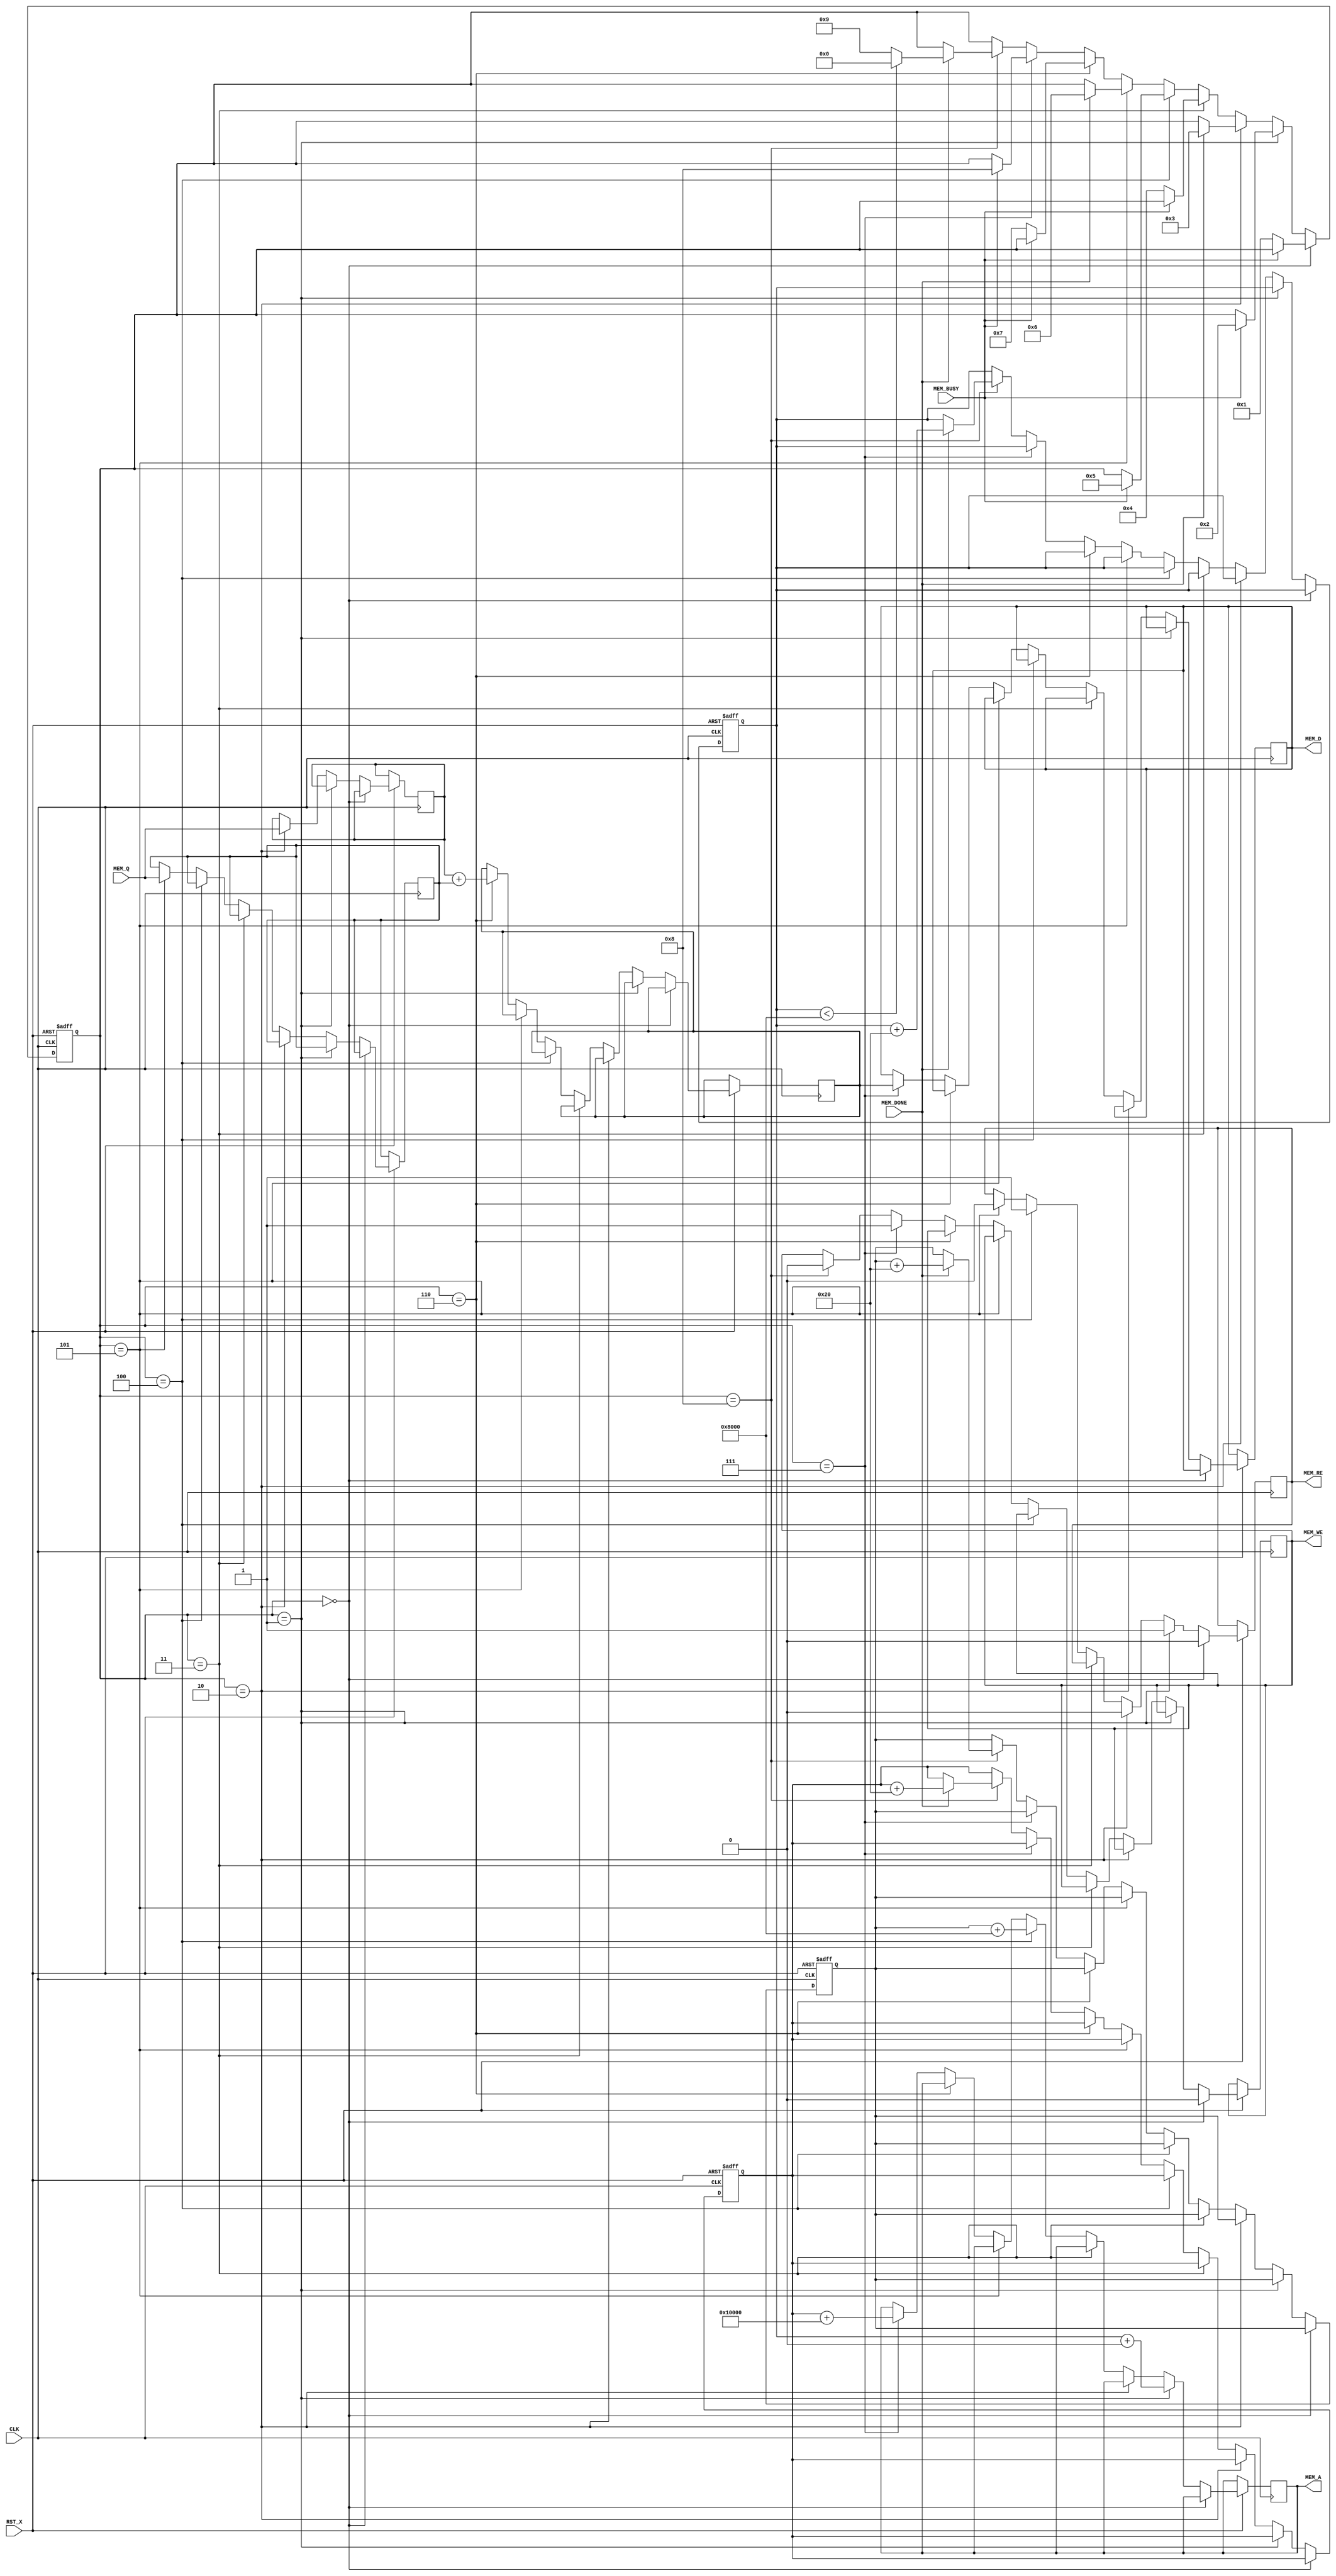
module TOP(CLK, RST_X,
           MEM_A, MEM_RE, MEM_WE, MEM_D, MEM_Q, MEM_BUSY, MEM_DONE);
  input CLK;
  input RST_X;
  
  parameter WA = 32;
  parameter WD = 32;
  parameter SIZE = 1024 * 32;

  localparam OFFSET0 = 0;
  localparam OFFSET1 = SIZE * 1;
  localparam OFFSET2 = SIZE * 2;
  
  output reg [WA-1:0] MEM_A;
  output reg MEM_RE;
  output reg MEM_WE;
  output reg [WD-1:0] MEM_D;
  input [WD-1:0] MEM_Q;
  input MEM_DONE;
  input MEM_BUSY;

  reg [WA-1:0] cnt0;
  reg [WA-1:0] cnt1;
  reg [WA-1:0] cnt2;
  reg [WD-1:0] readdata0;
  reg [WD-1:0] readdata1;
  reg [WD-1:0] writedata;
  reg [3:0] state;

  localparam ST_INIT = 0;
  localparam ST_READ0 = 1;
  localparam ST_READWAIT0 = 2;
  localparam ST_INTERVAL = 3;
  localparam ST_READ1 = 4;
  localparam ST_READWAIT1 = 5;
  localparam ST_CALC = 6;
  localparam ST_WRITE = 7;
  localparam ST_WRITEWAIT = 8;
  localparam ST_DONE = 9;

  always @(posedge CLK or negedge RST_X) begin
    if(!RST_X) begin
      state <= ST_INIT;
      cnt0 <= 0;
      cnt1 <= 0;
      cnt2 <= 0;
    end else begin
      if(state == ST_INIT) begin
        MEM_WE <= 0;
        MEM_RE <= 0;
        if(!MEM_BUSY) state <= ST_READ0;
      end else if(state == ST_READ0) begin
        MEM_RE <= 1;
        MEM_A <= cnt0 + OFFSET0;
        if(MEM_BUSY) state <= ST_READWAIT0;
      end else if(state == ST_READWAIT0) begin
        MEM_RE <= 0;
        readdata0 <= MEM_Q;
        if(MEM_DONE) state <= ST_INTERVAL;
      end else if(state == ST_INTERVAL) begin
        if(!MEM_BUSY) state <= ST_READ1;
      end else if(state == ST_READ1) begin
        MEM_RE <= 1;
        MEM_A <= cnt1 + OFFSET1;
        if(MEM_BUSY) state <= ST_READWAIT1;
      end else if(state == ST_READWAIT1) begin
        MEM_RE <= 0;
        readdata1 <= MEM_Q;
        if(MEM_DONE) state <= ST_CALC;
      end else if(state == ST_CALC) begin
        writedata <= readdata0 + readdata1;
        if(!MEM_BUSY) state <= ST_WRITE;
      end else if(state == ST_WRITE) begin
        MEM_WE <= 1;
        MEM_D <= writedata;
        MEM_A <= cnt2 + OFFSET2;
        if(MEM_BUSY) state <= ST_WRITEWAIT;
      end else if(state == ST_WRITEWAIT) begin
        MEM_WE <= 0;
        if(MEM_DONE) begin
          cnt0 <= cnt0 + 32;
          cnt1 <= cnt1 + 32;
          cnt2 <= cnt2 + 32;
          if(cnt0 < SIZE) state <= ST_INIT;
          else state <= ST_DONE;
        end
      end else if(state == ST_DONE) begin
        $display("Done");
        //do nothing
      end
    end
  end
endmodule